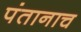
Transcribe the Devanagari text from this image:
पंतानाच